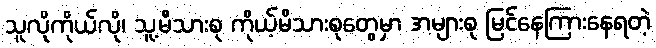
သူလိုကိုယ်လို၊ သူ့မိသားစု ကိုယ့်မိသားစုတွေမှာ အများစု မြင်နေကြားနေရတဲ့